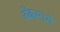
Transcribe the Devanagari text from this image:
बँकमध्ये